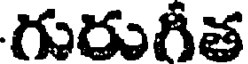
గురుగీత